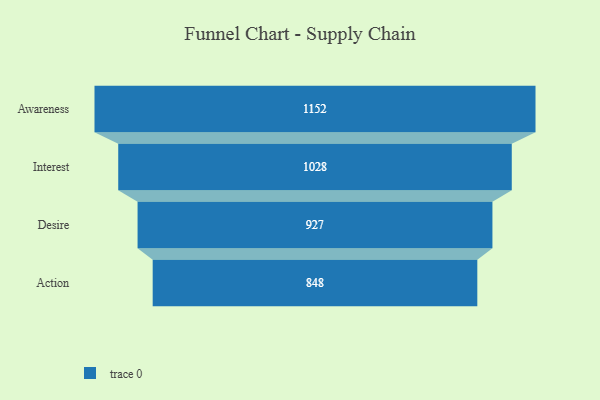
{"axis": {"x": "Stage", "y": "Value"}, "legend": [""], "data": [{"x": "Awareness", "y": 1152.0, "type": ""}, {"x": "Interest", "y": 1028.0, "type": ""}, {"x": "Desire", "y": 927.0, "type": ""}, {"x": "Action", "y": 848.0, "type": ""}]}